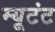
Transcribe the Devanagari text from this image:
म्यूटंट